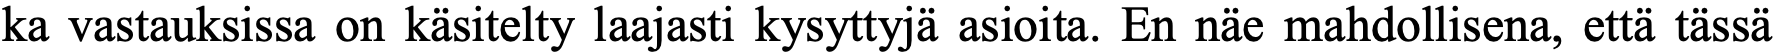
ka vastauksissa on käsitelty laajasti kysyttyjä asioita. En näe mahdollisena, että tässä